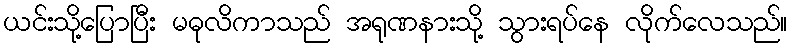
ယင်းသို့ပြောပြီး မဓုလိကာသည် အရုဏနားသို့ သွားရပ်နေ လိုက်လေသည်။